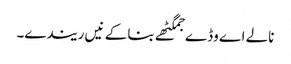
نالے اے وڈے جمگٹھے بنا کے نیں ریندے۔